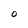
Character: 0